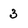
Character: 3